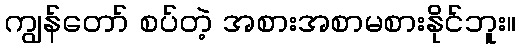
ကျွန်တော် စပ်တဲ့ အစားအစာမစားနိုင်ဘူး။